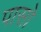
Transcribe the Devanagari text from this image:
पासो